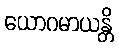
ယောဂမာယန္တိ